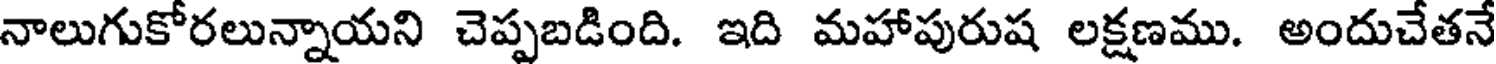
నాలుగుకోరలున్నాయని చెప్పబడింది. ఇది మహాపురుష లక్షణము. అందుచేతనే